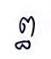
ព្ធ